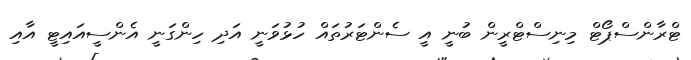
ޓްރާންސްޕޯޓް މިނިސްޓްރީން ބުނީ އީ ސެންޓަރުތައް ހުޅުވަނީ އަދި ހިންގަނީ އެންސީއައިޓީ އާއި